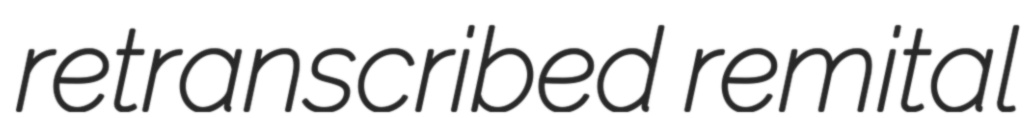
retranscribed remital